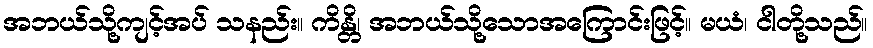
အဘယ်သို့ကျင့်အပ် သနည်း။ ကိန္တိ၊ အဘယ်သို့သောအကြောင်းဖြင့်။ မယံ၊ ငါတို့သည်။